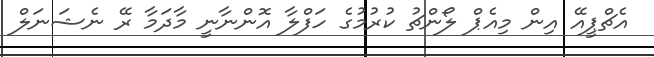
އެޗްޕީއޭ އިން މިއެޕް ލޯންޗު ކުރުމުގެ ހަފްލާ އޮންނާނީ މާދަމާ ރޭ ނެޝަނަލް